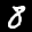
Label: 8